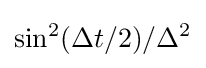
\sin ^{2}(\Delta t/2)/\Delta ^{2}